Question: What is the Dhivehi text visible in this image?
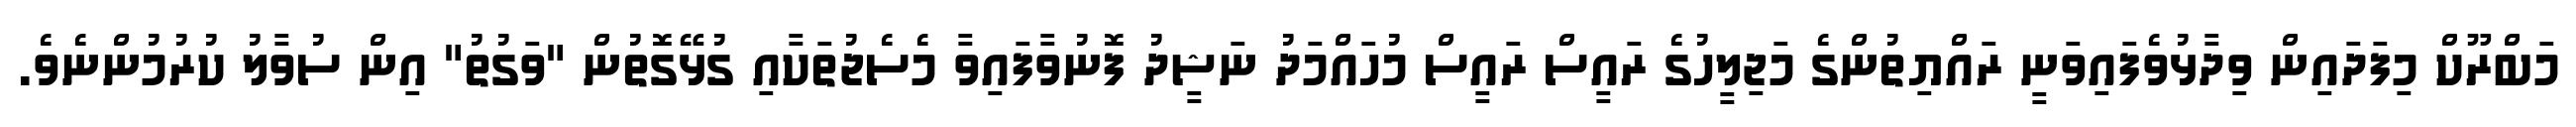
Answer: މަބްރޫކް މިފަދައިން ވިދާޅުވެފައިވަނީ ރައްޔިތުންގެ މަޖިލީހުގެ ރައީސް ރައީސް މުހައްމަދު ނަޝީދު ފޮނުވާފައިވާ މެސެޖުތަކާއި ގުޅޭގޮތުން "ވަގުތު" އިން ސުވާލު ކުރުމުންނެވެ.